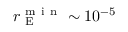
r _ { \mathrm { ~ E ~ } } ^ { \mathrm { ~ m ~ i ~ n ~ } } \sim 1 0 ^ { - 5 }